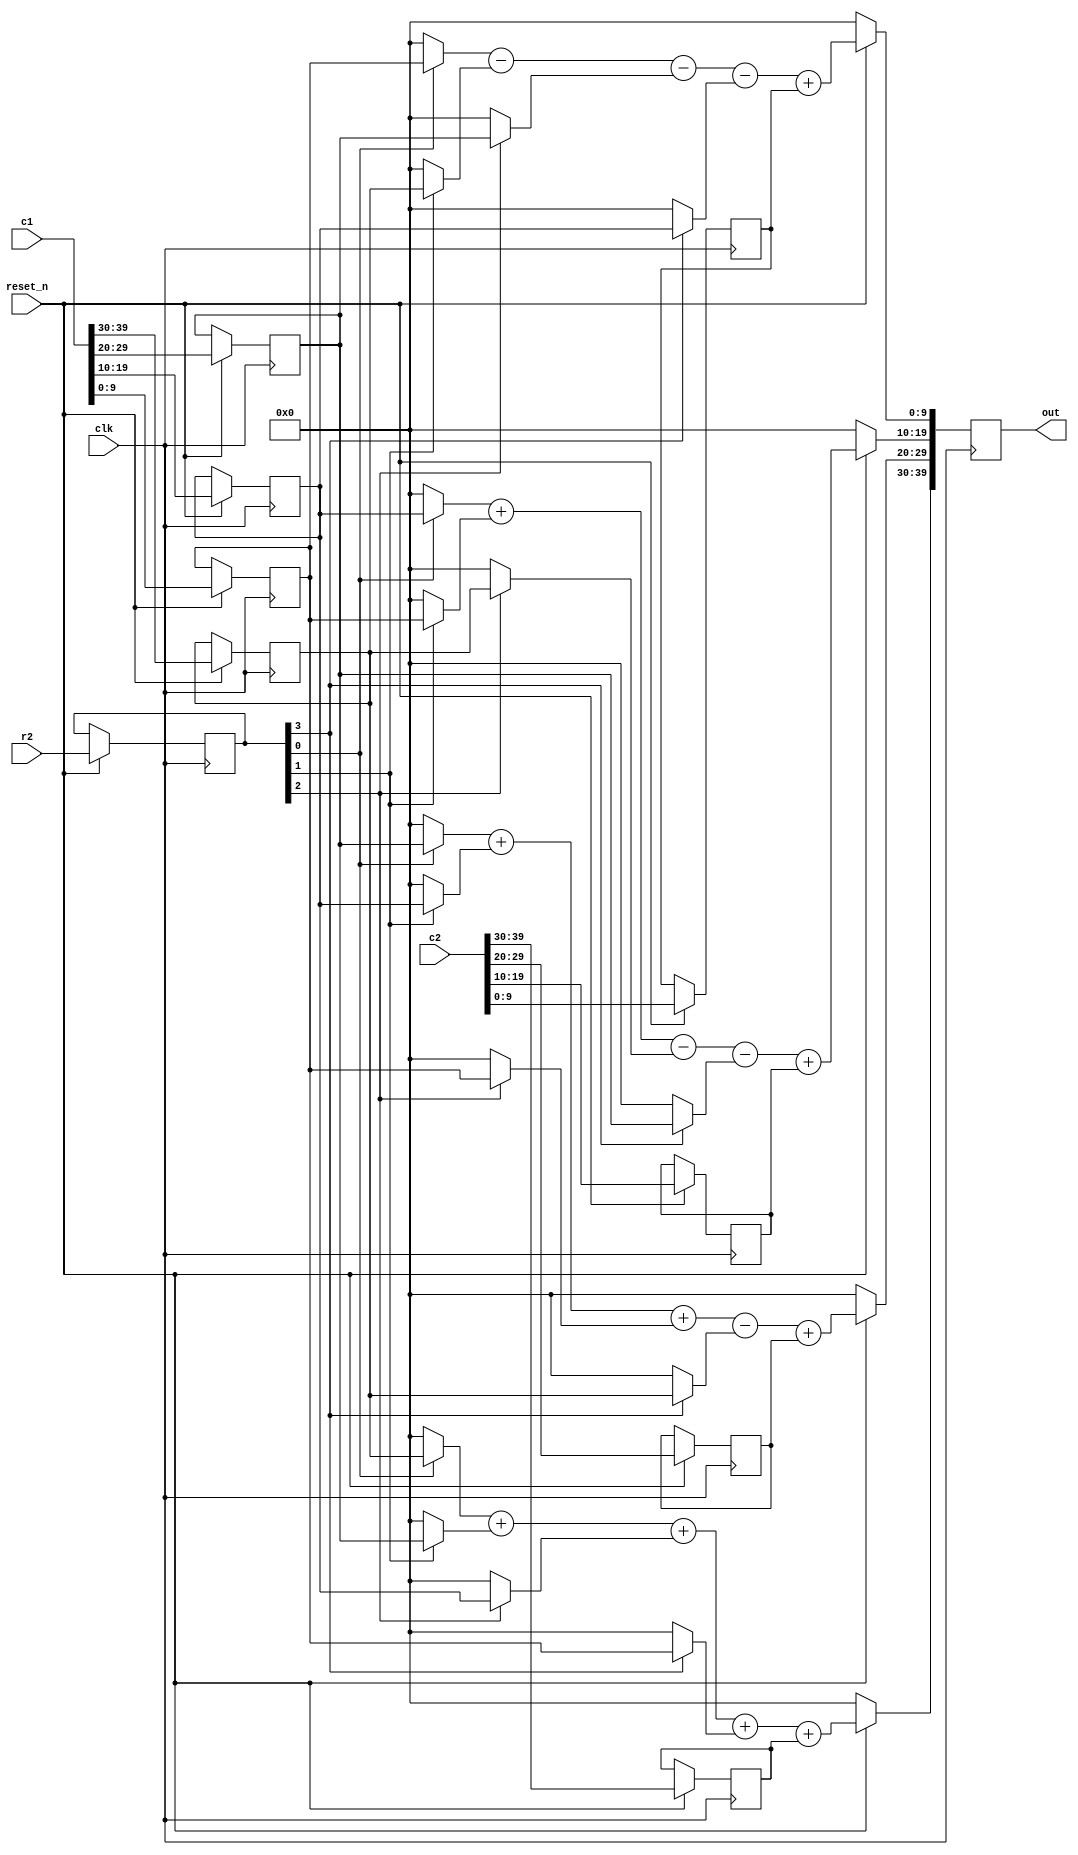
`timescale 1ns / 1ps
//////////////////////////////////////////////////////////////////////////////////
// Company: 
// Engineer: 
// 
// Design Name: 
// Module Name: model1
// Project Name: 
// Target Devices: 
// Tool Versions: 
// Description: 
// 
// Dependencies: 
// 
// Revision:
// Revision 0.01 - File Created
// Additional Comments:
// 
//////////////////////////////////////////////////////////////////////////////////


module model1
    #(parameter N=4, q=10)
    (
    input clk,
    input reset_n,
    input [N*q - 1:0] c1,
    input [N-1:0] r2,
    input [N*q - 1:0] c2,
    output reg [N*q - 1:0] out
    );
    
    reg [q-1:0] c1_1,c1_2,c1_3,c1_4;
    reg [N-1:0] r2_1;
    reg [q-1:0] c2_1,c2_2,c2_3,c2_4;
    
    always @(posedge clk)
    begin
    if(reset_n == 1'b0)
        begin
            out <= 40'd0;
        end
    else
        begin
            c1_1 <= c1[  q - 1:0*q];
            c1_2 <= c1[2*q - 1:1*q];
            c1_3 <= c1[3*q - 1:2*q];
            c1_4 <= c1[4*q - 1:3*q];
            
            c2_1 <= c2[  q - 1:0*q];
            c2_2 <= c2[2*q - 1:1*q];
            c2_3 <= c2[3*q - 1:2*q];
            c2_4 <= c2[4*q - 1:3*q];
            
            r2_1 <= r2;
            
            out[4*q - 1:3*q] <= ((r2_1[0])?c1_4:0) + ((r2_1[1])?c1_3:0) + ((r2_1[2])?c1_2:0) + ((r2_1[3])?c1_1:0) + c2_4 ;
            out[3*q - 1:2*q] <= ((r2_1[0])?c1_3:0) + ((r2_1[1])?c1_2:0) + ((r2_1[2])?c1_1:0) - ((r2_1[3])?c1_4:0) + c2_3 ;
            out[2*q - 1:1*q] <= ((r2_1[0])?c1_2:0) + ((r2_1[1])?c1_1:0) - ((r2_1[2])?c1_4:0) - ((r2_1[3])?c1_3:0) + c2_2 ;  
            out[  q - 1:0*q] <= ((r2_1[0])?c1_1:0) - ((r2_1[1])?c1_4:0) - ((r2_1[2])?c1_3:0) - ((r2_1[3])?c1_2:0) + c2_1 ;
        end
    end
     
endmodule